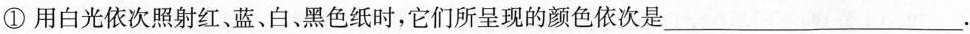
①用白光依次照射红、蓝、白、黑色纸时，它们所呈现的颜色依次是___.